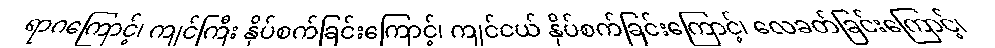
ရာဂကြောင့်၊ ကျင်ကြီး နှိပ်စက်ခြင်းကြောင့်၊ ကျင်ငယ် နှိပ်စက်ခြင်းကြောင့်၊ လေခတ်ခြင်းကြောင့်၊